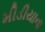
મીડીયાના